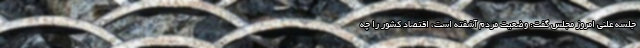
جلسه علنی امروز مجلس گفت: وضعیت مردم آشفته است، اقتصاد کشور را چه